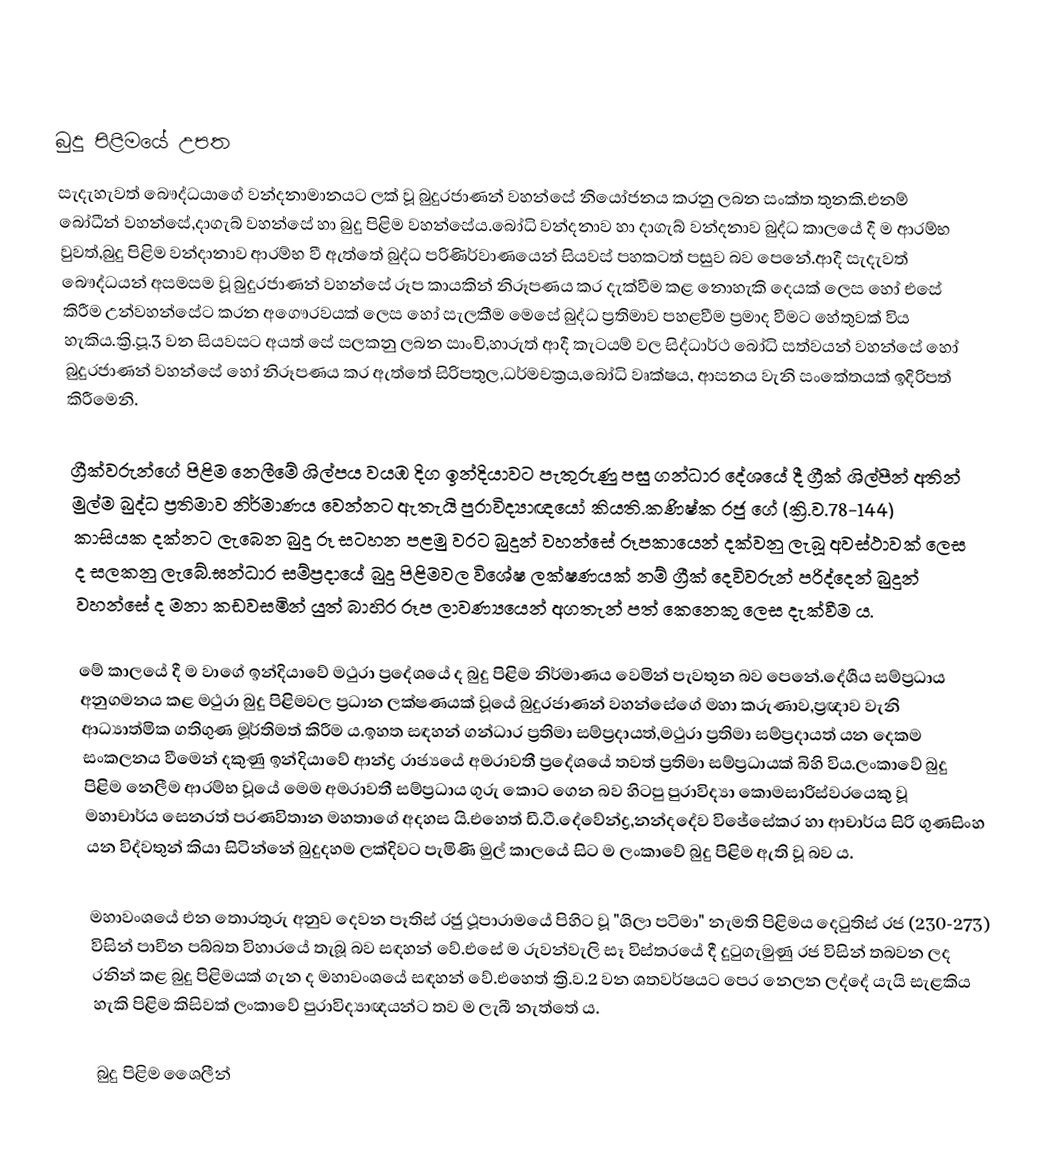

බුදු පිළිමයේ උපත
සැදැහැවත් බෞද්ධයාගේ වන්දනාමානයට ලක් වූ බුදුරජාණන් වහන්සේ නියෝජනය කරනු ලබන සංක්ත තුනකි.එනම් බෝධීන් වහන්සේ,දාගැබ් වහන්සේ හා බුදු පිළිම වහන්සේය.බෝධි වන්දනාව හා දාගැබ් වන්දනාව බුද්ධ කාලයේ දී ම ආරම්භ වුවත්,බුදු පිළිම වන්දානාව ආරම්භ වී ඇත්තේ බුද්ධ පරිණිර්වාණයෙන් සියවස් පහකටත් පසුව බව පෙනේ.ආදී සැදැවත් බෞද්ධයන් අසමසම වූ බුදුරජාණන් වහන්සේ රූප කායකින් නිරූපණය කර දැක්වීම කළ නොහැකි දෙයක් ලෙස හෝ එසේ කිරීම උන්වහන්සේට කරන අගෞරවයක් ලෙස හෝ සැලකීම මෙසේ බුද්ධ ප්‍රතිමාව පහළවීම ප්‍රමාද වීමට හේතුවක් විය හැකිය.ක්‍රි.පූ.3 වන සියවසට අයත් සේ සලකනු ලබන සාංචි,හාරුත් ආදී කැටයම් වල සිද්ධාර්ථ බෝධි සත්වයන් වහන්සේ හෝ බුදුරජාණන් වහන්සේ හෝ නිරූපණය කර ඇත්තේ සිරිපතුල,ධර්මචක්‍රය,බෝධි වෘක්ෂය, ආසනය වැනි සංකේතයක් ඉදිරිපත් කිරීමෙනි.

ග්‍රීක්වරුන්ගේ පිළිම නෙලීමේ ශිල්පය වයඹ දිග ඉන්දියාවට පැතුරුණු පසු ගන්ධාර දේශයේ දී ග්‍රීක් ශිල්පීන් අතින් මුල්ම බුද්ධ  ප්‍රතිමාව නිර්මාණය වෙන්නට ඇතැයි පුරාවිද්‍යාඥයෝ කියති.කණිෂ්ක රජු ගේ (ක්‍රි.ව.78-144) කාසියක දක්නට ලැබෙන බුදු රූ සටහන පළමු වරට බුදුන් වහන්සේ රූපකායෙන් දක්වනු ලැබූ අවස්ථාවක් ලෙස ද සලකනු ලැබේ.ඝන්ධාර සම්ප්‍රදායේ බුදු පිළිමවල විශේෂ ලක්ෂණයක් නම් ග්‍රීක් දෙවිවරුන් පරිද්දෙන් බුදුන් වහන්සේ ද මනා කඩවසමින් යුත් බාහිර රූප ලාවණ්‍යයෙන් අගතැන් පත් කෙනෙකු ලෙස දැක්වීම ය.

මේ කාලයේ දී ම වාගේ ඉන්දියාවේ මථුරා ප්‍රදේශයේ ද බුදු පිළිම නිර්මාණය වෙමින් පැවතුන බව පෙනේ.දේශීය සම්ප්‍රධාය අනුගමනය කළ මථුරා බුදු පිළිමවල ප්‍රධාන ලක්ෂණයක් වූයේ බුදුරජාණන් වහන්සේගේ මහා කරුණාව,ප්‍රඥාව වැනි ආධ්‍යාත්මික ගතිගුණ මූර්තිමත් කිරීම ය.ඉහත සඳහන් ගන්ධාර ප්‍රතිමා සම්ප්‍රදායත්,මථුරා ප්‍රතිමා සම්ප්‍රදායත් යන දෙකම සංකලනය වීමෙන් දකුණු ඉන්දියාවේ ආන්ද්‍ර රාජ්‍යයේ අමරාවතී ප්‍රදේශයේ තවත් ප්‍රතිමා සම්ප්‍රධායක් බිහි විය.ලංකාවේ බුදු පිළිම නෙලීම ආරම්භ වූයේ මෙම අමරාවතී සම්ප්‍රධාය ගුරු කොට ගෙන බව හිටපු පුරාවිද්‍යා කොමසාරිස්වරයෙකු වූ මහාචාර්ය සෙනරත් පරණවිතාන මහතාගේ අදහස යි.එහෙත් ඩී.ටී.දේවේන්ද්‍ර,නන්දදේව විජේසේකර හා ආචාර්ය සිරි ගුණසිංහ යන විද්වතුන් කියා සිටින්නේ බුදුදහම ලක්දිවට පැමිණි මුල් කාලයේ සිට ම ලංකාවේ බුදු පිළිම ඇති වූ බව ය.

මහාවංශයේ එන තොරතුරු අනුව දෙවන පෑතිස් රජු ථූපාරාමයේ පිහිට වූ "ශිලා පටිමා" නැමති පිළිමය දෙටුතිස් රජ (230-273) විසින් පාචීන පබ්බත විහාරයේ තැබූ බව සඳහන් වේ.එසේ ම රුවන්වැලි සෑ විස්තරයේ දී දුටුගැමුණු රජ විසින් තබවන ලද රනින් කළ බුදු පිළිමයක් ගැන ද මහාවංශයේ සඳහන් වේ.එහෙත් ක්‍රි.ව.2 වන ශතවර්ෂයට පෙර නෙලන ලද්දේ යැයි සැළකිය හැකි පිළිම කිසිවක් ලංකාවේ පුරාවිද්‍යාඥයන්ට තව ම ලැබී නැත්තේ ය.

බුදු පිළිම ශෛලීන්